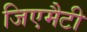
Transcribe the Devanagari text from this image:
जिएमैटी